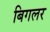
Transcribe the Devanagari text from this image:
बिगलर